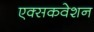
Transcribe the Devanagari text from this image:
एक्सकवेशन